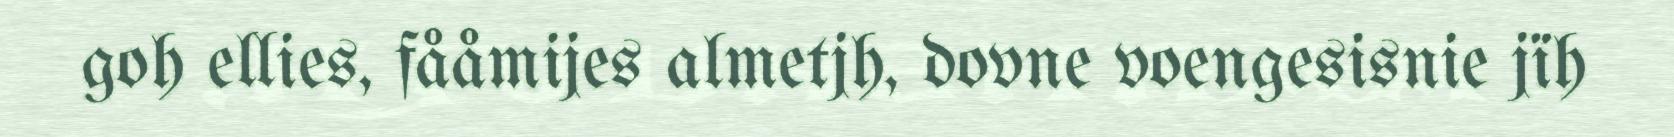
goh ellies, fååmijes almetjh, dovne voengesisnie jïh